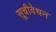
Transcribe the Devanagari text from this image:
सूचीवेधन